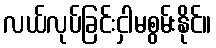
လယ်လုပ်ခြင်းငှါမစွမ်းနိုင်။